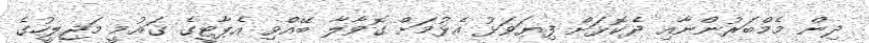
ދިން މެމްބަރުންނާއި ދެކޮޅަށް ފިޔަވަޅު އެޅުމަށް ގޮވާލާ ބޭއްވި އެޕާޓީގެ ޤައުމީ މަޖިލީީހުގެ